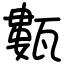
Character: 甊